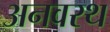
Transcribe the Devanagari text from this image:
अनवरथ